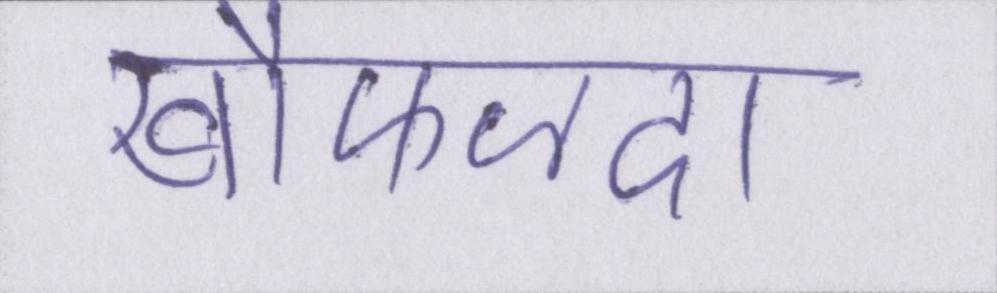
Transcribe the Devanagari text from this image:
खौफजदा